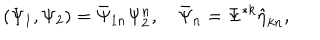
LaTeX: ( \Psi _ { 1 } , \Psi _ { 2 } ) = \bar { \Psi } _ { 1 n } \Psi _ { 2 } ^ { n } , \quad \bar { \Psi } _ { n } = \Psi ^ { * k } \hat { \eta } _ { k n } ,